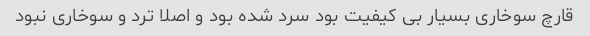
قارچ سوخاری بسیار بی کیفیت بود سرد شده بود و اصلا ترد و سوخاری نبود